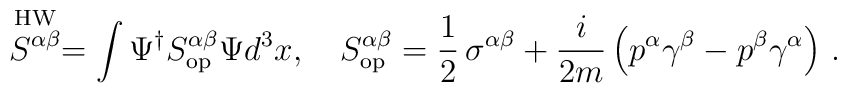
\stackrel{{\rm HW}}{S^{\alpha\beta}}=\int \Psi^\dagger  S^{\alpha\beta}_{\rm op} \Psi d^3x, \quad S^{\alpha\beta}_{\rm op}=  \frac{1}{2}\,\sigma^{\alpha\beta}+ \frac{i}{2m}\left(p^\alpha    \gamma^\beta-p^\beta \gamma^\alpha \right) \, .